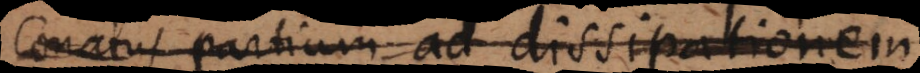
conatus partium ad dissipationem